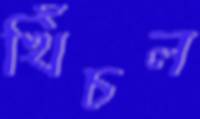
খিঁচল